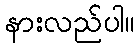
နားလည်ပါ။